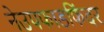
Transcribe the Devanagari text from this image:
नेउपफाडफिंदर